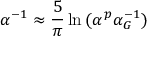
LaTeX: \alpha ^ { - 1 } \approx { \frac { 5 } { \pi } } \ln { ( \alpha ^ { p } \alpha _ { G } ^ { - 1 } ) }